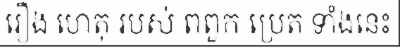
រឿង ហេតុ របស់ ពពួក ប្រេត ទាំងនេះ